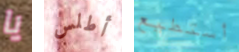
يا أطلس أستطيع